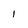
Character: 1